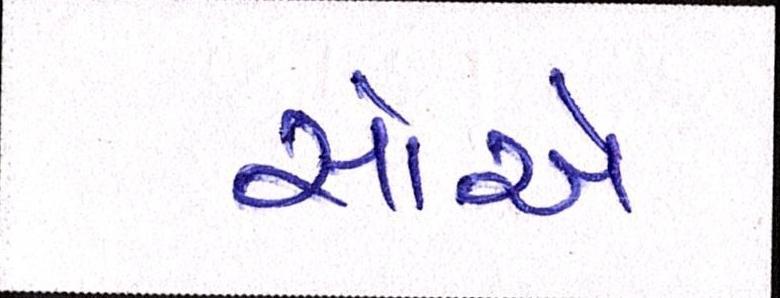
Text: સોએ